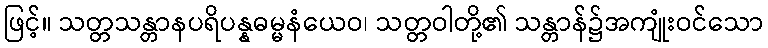
ဖြင့်။ သတ္တသန္တာနပရိပန္နဓမ္မနံယေဝ၊ သတ္တဝါတို့၏ သန္တာန်၌အကျုံးဝင်သော